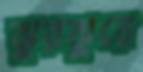
ঝুরঝুরে